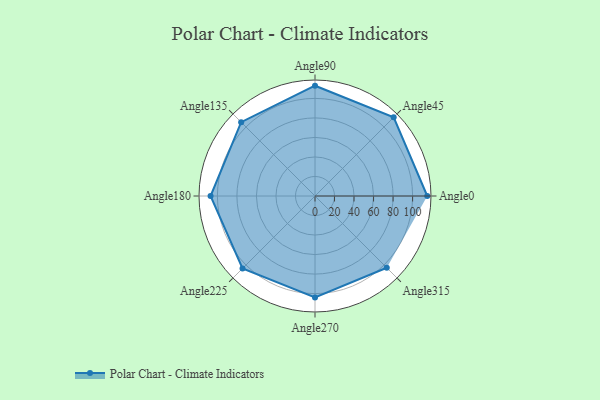
{"axis": {"x": "Angle", "y": "Radius"}, "legend": [""], "data": [{"x": "Angle0", "y": 115.0, "type": ""}, {"x": "Angle45", "y": 114.0, "type": ""}, {"x": "Angle90", "y": 113.0, "type": ""}, {"x": "Angle135", "y": 107.0, "type": ""}, {"x": "Angle180", "y": 107.0, "type": ""}, {"x": "Angle225", "y": 105.0, "type": ""}, {"x": "Angle270", "y": 104.0, "type": ""}, {"x": "Angle315", "y": 104.0, "type": ""}]}